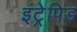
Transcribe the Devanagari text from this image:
इंट्रेपिड